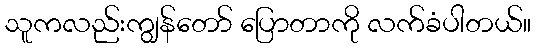
သူကလည်းကျွန်တော် ပြောတာကို လက်ခံပါတယ်။